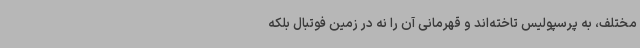
مختلف، به پرسپولیس تاخته‌اند و قهرمانی آن را نه در زمین فوتبال بلکه